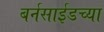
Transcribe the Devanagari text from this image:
बर्नसाईडच्या